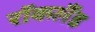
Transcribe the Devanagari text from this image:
रॉकलैंड